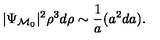
| \Psi _ { { \cal M } _ { 0 } } | ^ { 2 } \rho ^ { 3 } d \rho \sim { \frac { 1 } { a } } ( a ^ { 2 } d a ) .